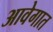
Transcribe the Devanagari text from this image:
आवेगात